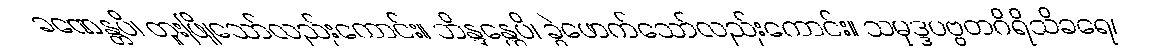
ခဏေန္တပိ၊ တူးဖြိုသော်လည်းကောင်း။ ဘိန္ဒန္တေပိ၊ ခွဲဖောက်သော်လည်းကောင်း။ သမုဒ္ဒပဗ္ဗတဂိရိသိခရေ၊